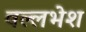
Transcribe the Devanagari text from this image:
वल्लभेश